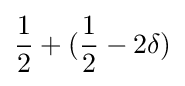
{\frac {1}{2}}+({\frac {1}{2}}-2\delta )